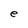
Character: e